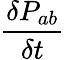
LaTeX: \frac{\delta P_{ab}}{\delta t}